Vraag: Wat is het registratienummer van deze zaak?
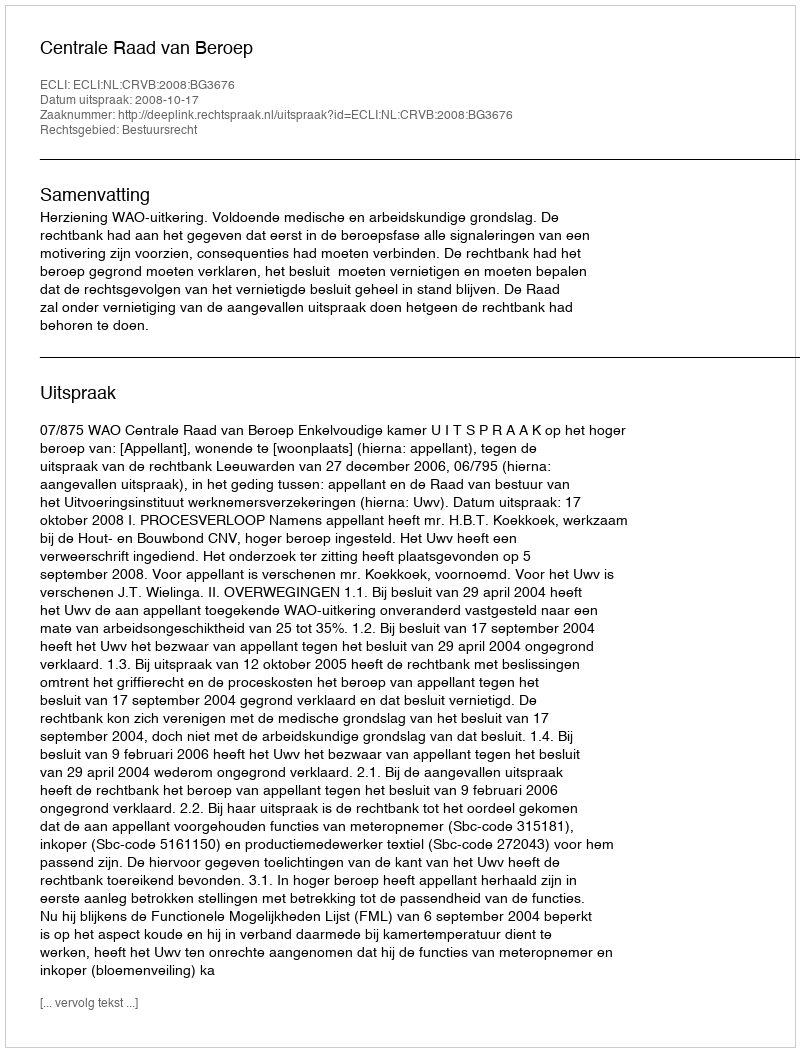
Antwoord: http://deeplink.rechtspraak.nl/uitspraak?id=ECLI:NL:CRVB:2008:BG3676